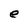
Character: e